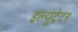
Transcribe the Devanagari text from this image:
इल्यूट्रेटर